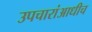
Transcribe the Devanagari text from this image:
उपचारांआधीच